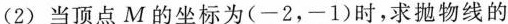
(2)当顶点M的坐标为(-2，-1)时，求抛物线的